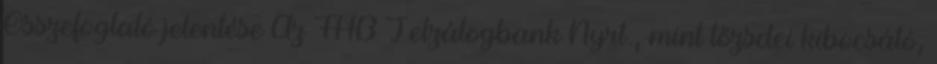
Összefoglaló jelentése Az FHB Jelzálogbank Nyrt., mint tőzsdei kibocsátó,